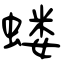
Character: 蝼